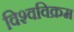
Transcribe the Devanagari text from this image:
विश्‍वविक्रम